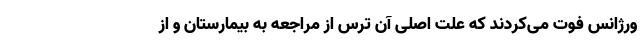
ورژانس فوت می‌کردند که علت اصلی آن ترس از مراجعه به بیمارستان و از